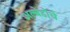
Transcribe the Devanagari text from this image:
अल्बेडोचे